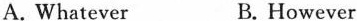
A.Whatever B.However